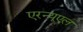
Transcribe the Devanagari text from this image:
एरन्‍यूएल